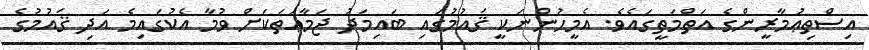
އިސްތިޢުމާރީންގެ އަތްމަތީގައެވެ. އެމީހުންނަކީ ޤައުމުގައި ބައިމަދު ޖަމާޢަތަކަށް ވުމާ އެކުގައިމެ އަދި ޤައުމުގެ